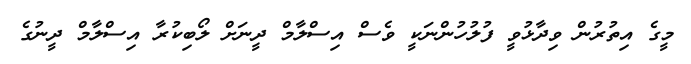
މީގެ އިތުރުން ވިދާޅުވީ ފުލުހުންނަކީ ވެސް އިސްލާމް ދީނަށް ލޯބިކުރާ އިސްލާމް ދީނުގެ